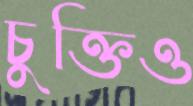
চুক্তিও